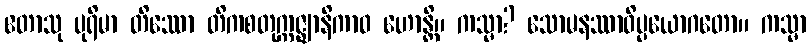
ဧတာသု ပုရိမာ တိဿော တိကစတုက္ကဇ္ဈာနိကာဝ ဟောန္တိ။ ကသ္မာ? သောမနဿာဝိပ္ပယောဂတော။ ကသ္မာ